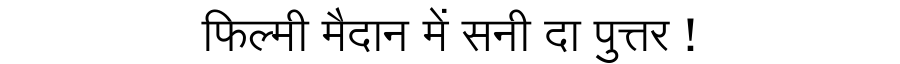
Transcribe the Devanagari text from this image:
फिल्मी मैदान में सनी दा पुत्तर !